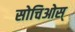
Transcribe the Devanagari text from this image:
सोचिओस्